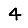
Digit: 4